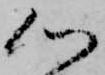
心